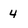
Character: 4